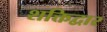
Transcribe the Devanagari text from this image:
शक्तिद्वार